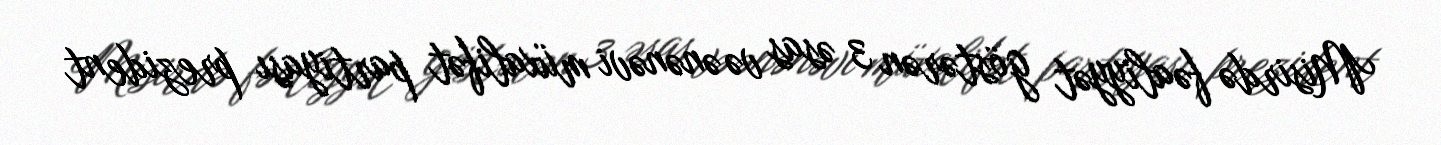
Misirdə fəaliyyət göstərən 3 əsas və ənənəvi müxalifət partiyası prezident